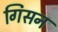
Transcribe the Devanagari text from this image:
गिसन